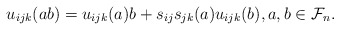
\begin{gather*}u_{ijk}(a b)=u_{ijk}(a) b+s_{ij} s_{jk}(a) u_{ijk}(b),a,b \in \mathcal{F}_n.\end{gather*}